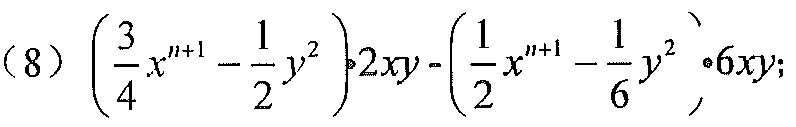
(8) \(\left(\dfrac{3}{4}x^{n + 1}-\dfrac{1}{2}y^{2}\right)2xy-\left(\dfrac{1}{2}x^{n + 1}-\dfrac{1}{6}y^{2}\right)6xy\);